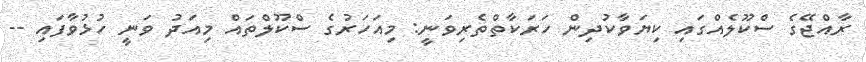
ރާއްޖޭގެ ސްކޫލެއްގައި ކިޔަވާކުދިން ހަރަކާތްތެރިވަނީ: މިއަހަރުގެ ސްކޫލްތައް މިއަދު ވަނީ ހުޅުވާފައި --